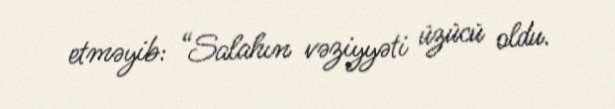
etməyib: “Salahın vəziyyəti üzücü oldu.